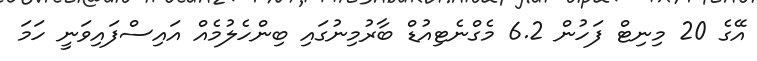
އޭގެ 20 މިނިޓް ފަހުން 6.2 މެގްނެޓިއުޑް ބާރުމިނުގައި ބިންހެލުމެއް އައިސްފައިވަނީ ހަމަ